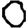
Digit: 0